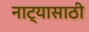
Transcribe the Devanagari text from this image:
नाट्यासाठी